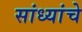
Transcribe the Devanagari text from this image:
सांध्यांचे